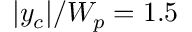
| y _ { c } | / W _ { p } = 1 . 5